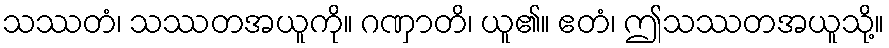
သဿတံ၊ သဿတအယူကို။ ဂဏှာတိ၊ ယူ၏။ ဧတံ၊ ဤသဿတအယူသို့။